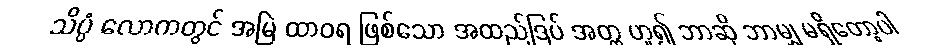
သိပ္ပံ လောကတွင် အမြဲ ထာဝရ ဖြစ်သော အထည်ဒြပ် အတ္တ ဟူ၍ ဘာဆို ဘာမျှ မရှိတော့ပါ